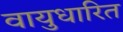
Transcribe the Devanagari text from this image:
वायुधारित